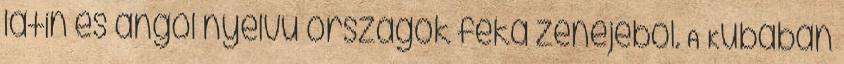
latin és angol nyelvű országok feka zenéjéből. A Kubában